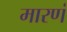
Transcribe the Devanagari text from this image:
मारणं